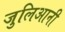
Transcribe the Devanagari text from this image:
जुलिआनी